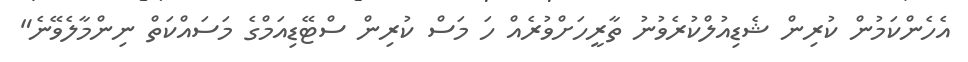
އެހެންކަމުން ކުރިން ޝެޑިއުލްކުރެވުނު ތާރީހަށްވުރެއް ހަ މަސް ކުރިން ސްޓޭޑިއަމްގެ މަސައްކަތް ނިންމާލެވޭނެ"